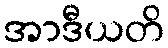
အာဒီယတိ